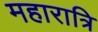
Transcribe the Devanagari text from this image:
महारात्रि